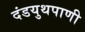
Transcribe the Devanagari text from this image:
दंडयुथपाणी